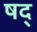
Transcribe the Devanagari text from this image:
षद्